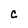
Character: C